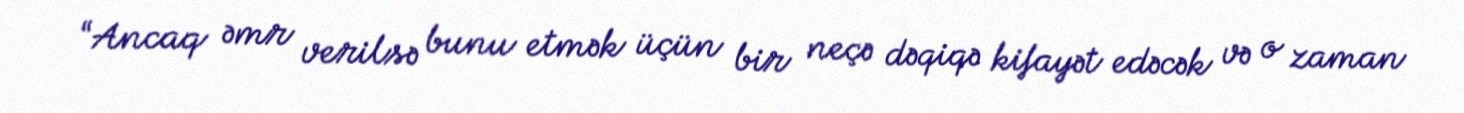
“Ancaq əmr verilsə bunu etmək üçün bir neçə dəqiqə kifayət edəcək və o zaman